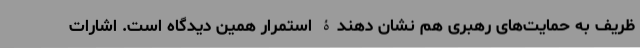
ظریف به حمایت‌های رهبری هم نشان دهندۀ استمرار همین دیدگاه است. اشارات